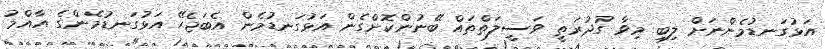
އަޅުގަނޑުމެންނަށް ލިބި މިވާ ގުދުރަތީ ވަސީލަތްތައް ބޭނުންކޮށްގެން އަޅުގަނޑުމެން އެބަޖެހޭ އަޅުގަނޑުމެންގެ އާއްމު